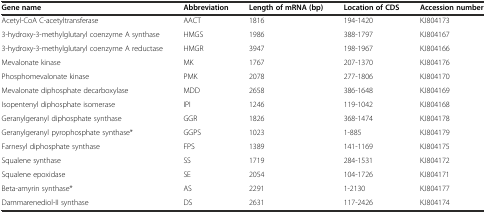
<table><thead><tr><td><b>Gene name</b></td><td><b>Abbreviation</b></td><td><b>Length of mRNA (bp)</b></td><td><b>Location of CDS</b></td><td><b>Accession number</b></td></tr></thead><tbody><tr><td>Acetyl-CoA C-acetyltransferase</td><td>AACT</td><td>1816</td><td>194-1420</td><td>KJ804173</td></tr><tr><td>3-hydroxy-3-methylglutaryl coenzyme A synthase</td><td>HMGS</td><td>1986</td><td>388-1797</td><td>KJ804167</td></tr><tr><td>3-hydroxy-3-methylglutaryl coenzyme A reductase</td><td>HMGR</td><td>3947</td><td>198-1967</td><td>KJ804166</td></tr><tr><td>Mevalonate kinase</td><td>MK</td><td>1767</td><td>207-1370</td><td>KJ804176</td></tr><tr><td>Phosphomevalonate kinase</td><td>PMK</td><td>2078</td><td>277-1806</td><td>KJ804170</td></tr><tr><td>Mevalonate diphosphate decarboxylase</td><td>MDD</td><td>2658</td><td>386-1648</td><td>KJ804169</td></tr><tr><td>Isopentenyl diphosphate isomerase</td><td>IPI</td><td>1246</td><td>119-1042</td><td>KJ804168</td></tr><tr><td>Geranylgeranyl diphosphate synthase</td><td>GGR</td><td>1826</td><td>368-1474</td><td>KJ804178</td></tr><tr><td>Geranylgeranyl pyrophosphate synthase*</td><td>GGPS</td><td>1023</td><td>1-885</td><td>KJ804179</td></tr><tr><td>Farnesyl diphosphate synthase</td><td>FPS</td><td>1389</td><td>141-1169</td><td>KJ804175</td></tr><tr><td>Squalene synthase</td><td>SS</td><td>1719</td><td>284-1531</td><td>KJ804172</td></tr><tr><td>Squalene epoxidase</td><td>SE</td><td>2054</td><td>104-1726</td><td>KJ804171</td></tr><tr><td>Beta-amyrin synthase*</td><td>AS</td><td>2291</td><td>1-2130</td><td>KJ804177</td></tr><tr><td>Dammarenediol-II synthase</td><td>DS</td><td>2631</td><td>117-2426</td><td>KJ804174</td></tr></tbody></table>